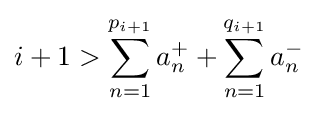
i+1>\sum _{n=1}^{p_{i+1}}a_{n}^{+}+\sum _{n=1}^{q_{i+1}}a_{n}^{-}